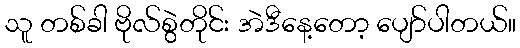
သူ တစ်ခါ ဗိုလ်စွဲတိုင်း အဲဒီနေ့တော့ ပျော်ပါတယ်။